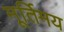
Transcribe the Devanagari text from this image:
मूर्तिमय